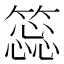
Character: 𥳝